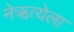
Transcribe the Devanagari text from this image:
नेऋत्येला